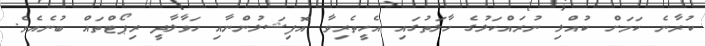
ކުރާނެ ކަމަށް ކުއްލި ނުރައްކަލުގެ ހާލަތުގައި އެހީތެރިވާ އޮފިޝަލުންނާއި ހަވާލާދީ ރިޕޯޓްތައް ބުނެއެވެ.